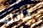
قاتله